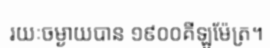
រយៈចម្ងាយបាន ១៩០០គីឡូម៉ែត្រ។